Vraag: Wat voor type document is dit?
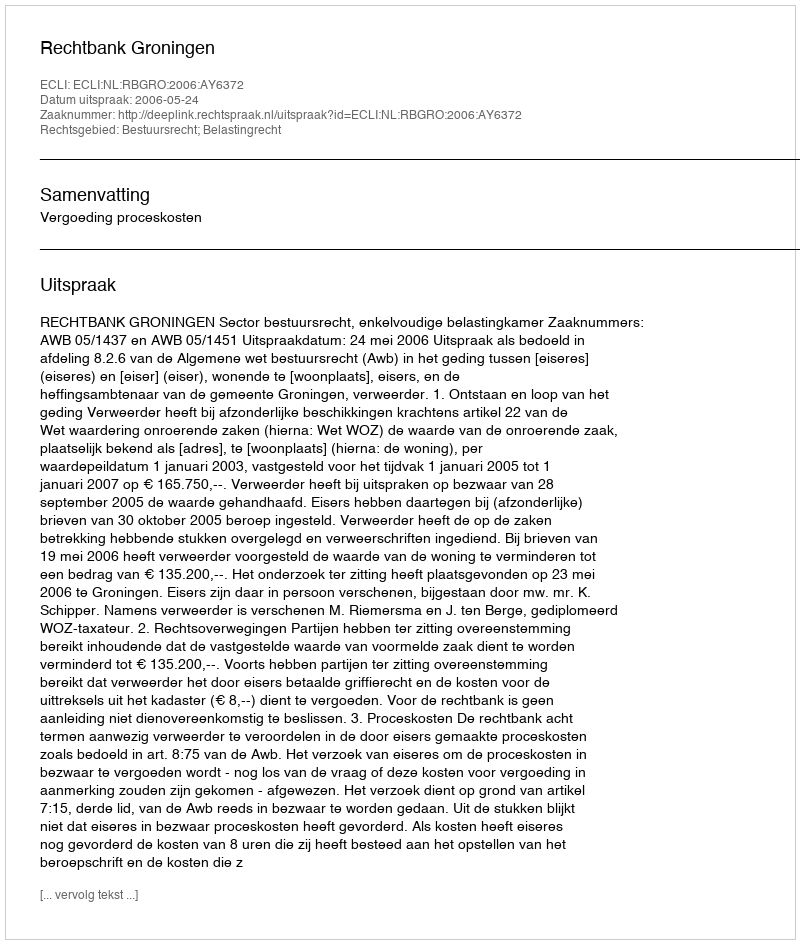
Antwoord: Uitspraak